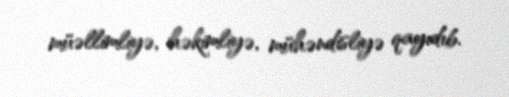
müəllimliyə, həkimliyə, mühəndisliyə qayıdıb.